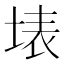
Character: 𭎫